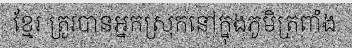
ខ្មែរ ត្រូវបានអ្នកស្រុកនៅក្នុងភូមិត្រពាំង